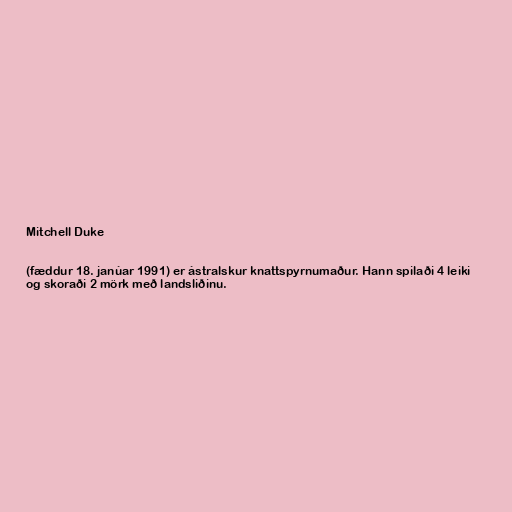
Mitchell Duke

(fæddur 18. janúar 1991) er ástralskur knattspyrnumaður. Hann spilaði 4 leiki
og skoraði 2 mörk með landsliðinu.